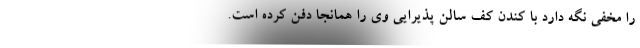
را مخفی نگه دارد با کندن کف سالن پذیرایی وی را همانجا دفن کرده است.